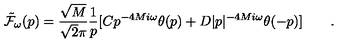
{ \tilde { \cal F } } _ { \omega } ( p ) = { \frac { \sqrt { M } } { \sqrt { 2 } \pi } } { \frac { 1 } { p } } [ C p ^ { - 4 M i \omega } \theta ( p ) + D \vert p \vert ^ { - 4 M i \omega } \theta ( - p ) ] \qquad .